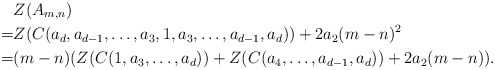
\begin{align*} &Z(A_{m,n}) \\=&Z(C(a_d,a_{d-1},\ldots,a_3,1,a_3,\ldots,a_{d-1},a_d))+2a_2(m-n)^2\\=& (m-n)(Z(C(1,a_3,\ldots,a_d))+ Z(C(a_4,\ldots,a_{d-1},a_d))+2a_2(m-n)).\end{align*}